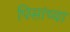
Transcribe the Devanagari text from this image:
पिसांच्या